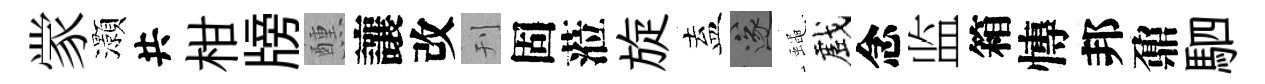
䝉灝共柑牓醺讓改刊固蒞旋盍遂蠅戲念监箱慱邦鼐駟